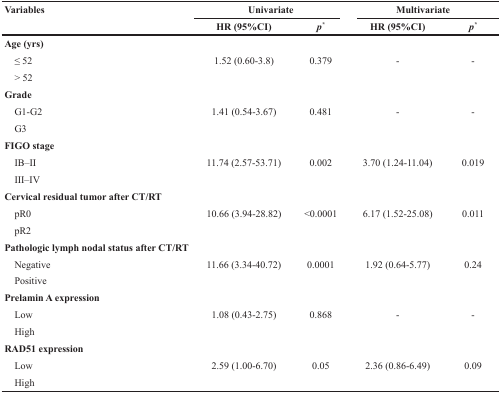
| Variables | <COLSPAN=2> Univariate | <COLSPAN=2> Multivariate |
 |  | HR (95%CI) | p* | HR (95%CI) | p* |
 | --- | --- | --- | --- | --- |
 | Age (yrs) |  |  |  |  |
 | ≤ 52 | 1.52 (0.60-3.8) | 0.379 | - | - |
 | > 52 |  |  |  |  |
 | Grade |  |  |  |  |
 | G1-G2 | 1.41 (0.54-3.67) | 0.481 | - | - |
 | G3 |  |  |  |  |
 | FIGO stage |  |  |  |  |
 | IB–II | 11.74 (2.57-53.71) | 0.002 | 3.70 (1.24-11.04) | 0.019 |
 | III–IV |  |  |  |  |
 | Cervical residual tumor after CT/RT |  |  |  |  |
 | pR0 | 10.66 (3.94-28.82) | <0.0001 | 6.17 (1.52-25.08) | 0.011 |
 | pR2 |  |  |  |  |
 | Pathologic lymph nodal status after CT/RT |  |  |  |  |
 | Negative | 11.66 (3.34-40.72) | 0.0001 | 1.92 (0.64-5.77) | 0.24 |
 | Positive |  |  |  |  |
 | Prelamin A expression |  |  |  |  |
 | Low | 1.08 (0.43-2.75) | 0.868 | - | - |
 | High |  |  |  |  |
 | RAD51 expression |  |  |  |  |
 | Low | 2.59 (1.00-6.70) | 0.05 | 2.36 (0.86-6.49) | 0.09 |
 | High |  |  |  |  |